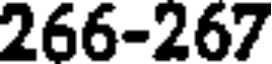
266-267